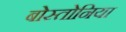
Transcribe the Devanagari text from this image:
बोस्तोनिया